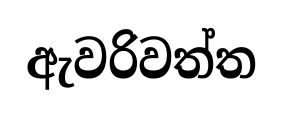
ඇවරිවත්ත